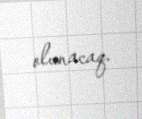
olunacaq.